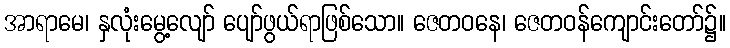
အာရာမေ၊ နှလုံးမွေ့လျော် ပျော်ဖွယ်ရာဖြစ်သော။ ဇေတဝနေ၊ ဇေတဝန်ကျောင်းတော်၌။